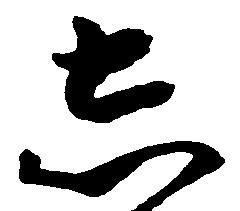
し